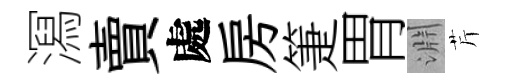
㵼賣處房箑胃淵芹